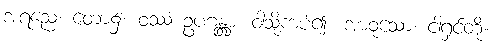
အရညေ၊ တော၌။ ဝဿံ ဥပဂန္တွာ၊ ဝါသို့ကပ်၍။ အာဝုသော၊ ငါ့ရှင်တို့။